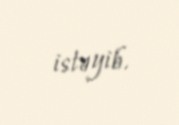
istəyib.